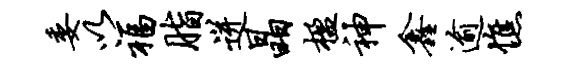
委以福脂迸晶楹神鑫逾憔